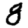
Digit: 8